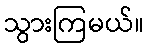
သွားကြမယ်။